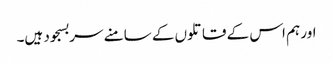
اور ہم اس کے قاتلوں کے سامنے سربسجود ہیں۔